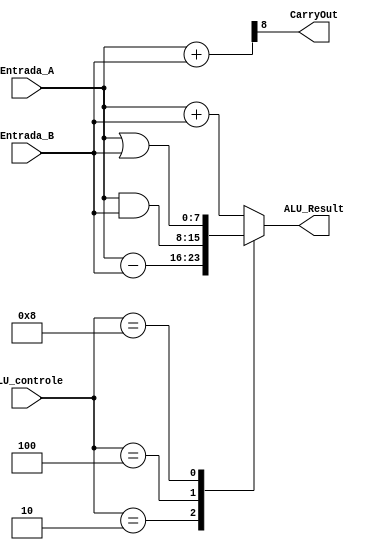
module ALU(ALU_controle, Entrada_A, Entrada_B, ALU_Result, CarryOut);

		input [3:0] ALU_controle;
		input [7:0] Entrada_A;
		input [7:0] Entrada_B;
		output CarryOut;
		output reg [7:0] ALU_Result;
		wire [8:0] tmp;
		assign tmp = {1'b0,Entrada_A} + {1'b0,Entrada_B};
		assign CarryOut = tmp[8]; // Carryout flag

  always @(ALU_controle, Entrada_A, Entrada_B)
  begin
	ALU_Result = 0;
	case(ALU_controle) 
      	4'b0001: ALU_Result = Entrada_A + Entrada_B;
      	4'b0010: ALU_Result = Entrada_A - Entrada_B;
      	4'b0100: ALU_Result = Entrada_A & Entrada_B;
      	4'b1000: ALU_Result = Entrada_A | Entrada_B;
      default: ALU_Result = Entrada_A + Entrada_B;
    endcase
   end
endmodule